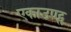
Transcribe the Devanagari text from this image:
एकाउण्ट्स